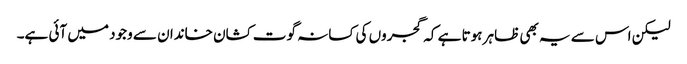
لیکن اس سے یہ بھی ظاہر ہوتا ہے کہ گجروں کی کسانہ گوت کشان خاندان سے وجود میں آئی ہے۔